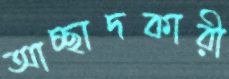
আচ্ছাদকারী